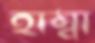
হাম্বা